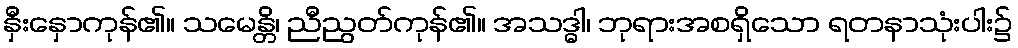
နှီးနှောကုန်၏။ သမေန္တိ၊ ညီညွတ်ကုန်၏။ အသဒ္ဓါ၊ ဘုရားအစရှိသော ရတနာသုံးပါး၌